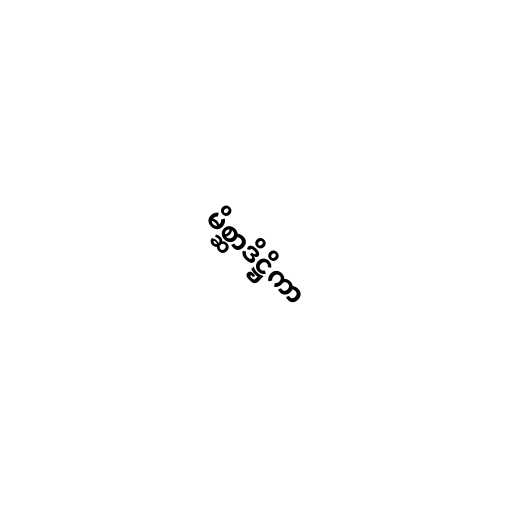
မိစ္ဆာဒိဋ္ဌိကာ